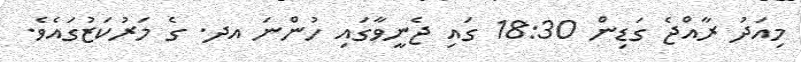
މިއަދު ރާއްޖެ ގަޑިން 18:30 ގައި ޖެނީވާގައި ހުންނަ އދ. ގެ މަރުކަޒުގައެވެ.